Report on sanitation, dispensaries, and jails in Rajputana for 1918, and on vaccination for the year 1918-1919 - 1918-1919
Year: 1918
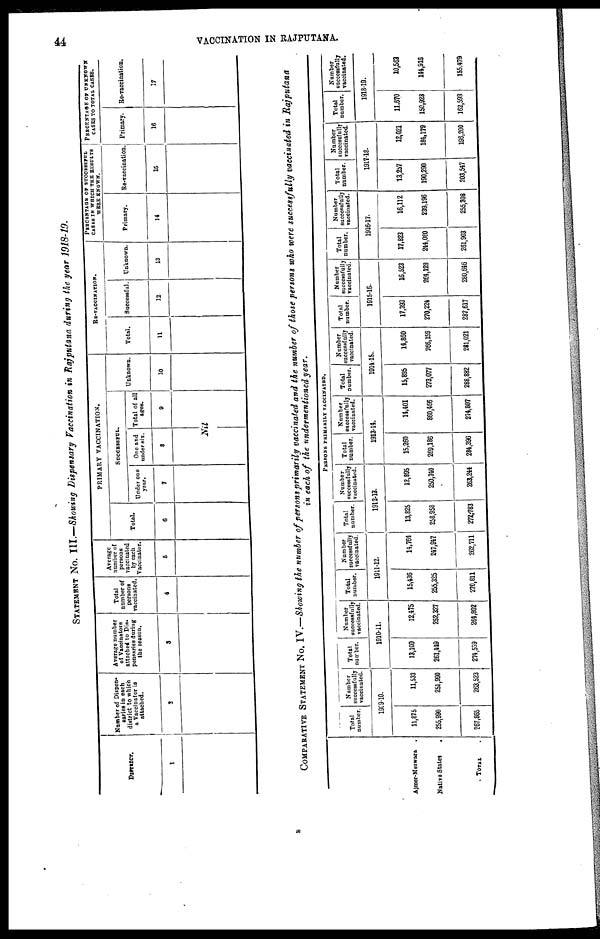
44
VACCINATION IN RAJPUTANA.
STATEMENT No. III.—Showing Dispensary Vaccination in Rajputana during the year 1918-19.
DISTRICT.
1
Number of Dispen¬
saries in each
district to which
a Vaccinator is
attached.
2
Average number
of Vaccinatore
attached to Dis¬
pensaries during
the season.
3
Total
number of
persons
vaccinated.
4
Average
number of
persons
vaccinated
by each
Vaccinator.
5
PRIMARY VACCINATION.
Total.
6
SUCCESSFUL.
Under one
year.
7
One and
under six.
8
Total of all
ages.
9
Nil
Unknown.
10
RE-VACCINATION.
Total.
11
Successful.
12
Unknown.
13
PERCENTAGE OF SUCCESSFUL
CASES IN WHICH THE RESULTS
WERE KNOWN.
Primary.
14
Re-vaccination.
15
PERCENTAGE OF UNKNOWN
CASES TO TOTAL CASES.
Primary.
16
Re-vaccination.
17
COMPARATIVE STATEMENT No. IV.—Showing the number of persons primarily vaccinated and the number of those persons who were successfully vaccinated in Rajputana
in each of the undermentioned year.
Ajmer-Merwara .
Native States
.
TOTAL
.
PERSONS PRIMARILY VACCINATED.
Total
number.
Number
successfully
vaccinated.
1909-10.
11,875
255,990
267,865
11,533
251,990
263,523
Total
number.
Number
successfully
vaccinated.
1910-11.
13,100
261,449
274,539
12,475
252,327
264,802
Total
number.
Number
successfully
vaccinated.
1911-12.
15,436
255,325
270,811
14,764
247,947
262,711
Total
number.
Number
successfully
vaccinated.
1912-13.
13,825
258,958
272,783
12,895
250,340
263,244
Total
number.
Number
successfully
vaccinated.
1913-14.
15,260
269,186
284,396
14,401
860,466
274,807
Total
number.
Number
successfully
vaccinated.
1914-15..
15,895
273,077
288,882
14,860
266,159
281,021
Total
number.
Number
successfully
vaccinated.
1915-16
17,393
270,224
287,617
16,523
264,128
280,646
Total
number.
Number
successfully
vaccinated.
1916-17.
17,823
244,080
261,903
16,112
239,196
255,308
Total
number.
Number
successfully
vaccinated.
1917-18.
13,257
190,290
203,547
12,021
184,179
196,200
Total
number.
Number
successfully
vaccinated.
1918-19.
11,670
150,923
162,593
10,563
144,916
155,479